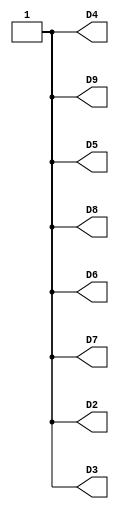
//------------------------------------------------------------------
//-- Hello world example for the iCE40-HX8K board
//-- Turn on all the leds
//------------------------------------------------------------------

module leds(output wire D2,
            output wire D3,
            output wire D4,
            output wire D5,
            output wire D6,
            output wire D7,
            output wire D8,
            output wire D9);

assign D2 = 1'b1;
assign D3 = 1'b1;
assign D4 = 1'b1;
assign D5 = 1'b1;
assign D6 = 1'b1;
assign D7 = 1'b1;
assign D8 = 1'b1;
assign D9 = 1'b1;

endmodule